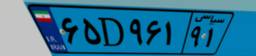
۲۲D۳۷۱۲۱